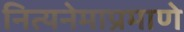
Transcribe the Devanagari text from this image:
नित्यनेमाप्रमाणे